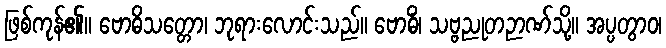
ဖြစ်ကုန်၏။ ဗောဓိသတ္တော၊ ဘုရားလောင်းသည်။ ဗောဓိံ၊ သဗ္ဗညုတဉာဏ်သို့။ အပ္ပတွာဝ၊